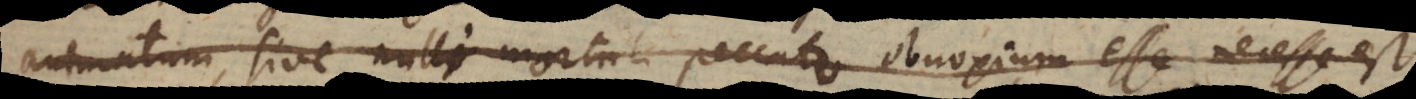
animatum, sive nulli mortali peccato obnoxium esse necesse est